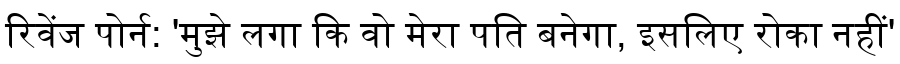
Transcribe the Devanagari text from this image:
रिवेंज पोर्न: 'मुझे लगा कि वो मेरा पति बनेगा, इसलिए रोका नहीं'